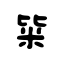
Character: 粊